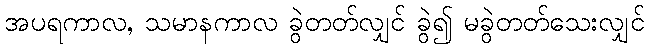
အပရကာလ, သမာနကာလ ခွဲတတ်လျှင် ခွဲ၍ မခွဲတတ်သေးလျှင်